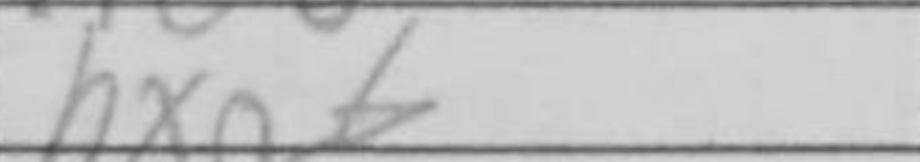
Transcription: hxg6